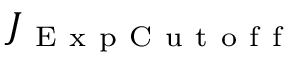
J _ { \mathrm { ~ E ~ x ~ p ~ C ~ u ~ t ~ o ~ f ~ f ~ } }